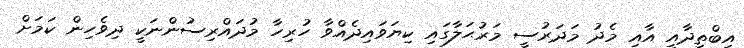
އިބްތިދާއީ އާއި މެދު މަދަރުސީ މަރުޙަލާގައި ކިޔަވައިދެއްވާ ހުރިހާ މުދައްރިސުންނަކީ ދިވެހިން ކަމަށް